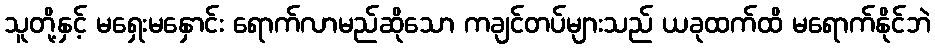
သူတို့နှင့် မရှေးမနှောင်း ရောက်လာမည်ဆိုသော ကချင်တပ်များသည် ယခုထက်ထိ မရောက်နိုင်ဘဲ